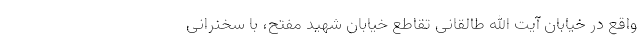
واقع در خیابان آیت الله طالقانی تقاطع خیابان شهید مفتح، با سخنرانی